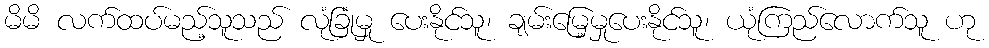
မိမိ လက်ထပ်မည့်သူသည် လုံခြုံမှု ပေးနိုင်သူ၊ ချမ်းမြေ့မှုပေးနိုင်သူ၊ ယုံကြည်လောက်သူ ဟု